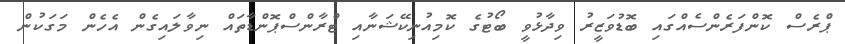
ޕްރެސް ކޮންފަރެންސެއްގައި ބޮޑުވަޒީރު ވިދާޅުވީ ބޯޓުގެ ކޮމިއުނިކޭޝަނާއި ޓްރާންސްޕޮންޑާތައް ނިވާލައިގެން އެހެން މަގަކުން